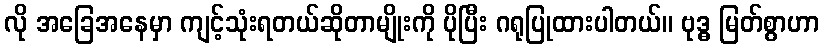
လို အခြေအနေမှာ ကျင့်သုံးရတယ်ဆိုတာမျိုးကို ပိုပြီး ဂရုပြုထားပါတယ်။ ဗုဒ္ဓ မြတ်စွာဟာ